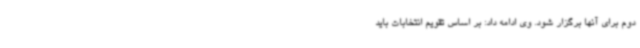
دوم برای آنها برگزار شود. وی ادامه داد: بر اساس تقویم انتخابات باید